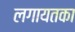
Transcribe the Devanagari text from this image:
लगायतका